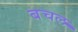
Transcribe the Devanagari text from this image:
बचल